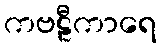
ကဗဠီကာရေ